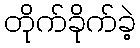
တိုက်ခိုက်ခဲ့